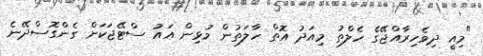
"މިއީ ދިވެހިރާއްޖޭގެ ހެލްތު މިއަދު އޮތް ހާލަތުން މުޅިން އައު ސްޓޭޖަކަށް ގެންގޮސްދޭނެ